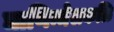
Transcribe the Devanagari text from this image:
ञाणिन्मेलकळि